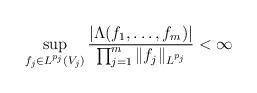
LaTeX: \begin{align*}\sup_{f_j\in L^{p_j}({V_j})}\frac{|\Lambda(f_1,\ldots,f_m)|}{\prod_{j=1}^m\|f_j\|_{L^{p_j}}}<\infty\end{align*}